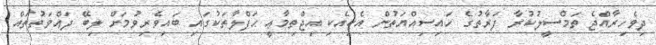
ދިވެހިރާއްޖެ ތަމްސީލުކުރާ ފަރާތުގެ ހައިސިއްޔަތުން އެކިއެކި އިޖްތިމާޢީ ޙަފްލާތަކުގައި ބައިވެރިވުމަށް ލިބޭ ދަޢްވަތުތައް